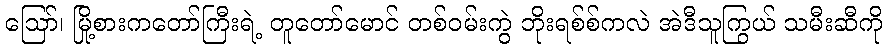
ဪ၊ မြို့စားကတော်ကြီးရဲ့ တူတော်မောင် တစ်ဝမ်းကွဲ ဘိုးရစ်စ်ကလဲ အဲဒီသူကြွယ် သမီးဆီကို